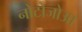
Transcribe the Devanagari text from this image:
नोटोजोआ